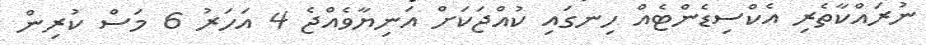
ނުރައްކާތެރި އެކްސިޑެންޓެއް ހިނގައި ކުއްޖަކަށް އަނިޔާވެއްޖެ 4 އަހަރު 6 މަސް ކުރިން